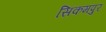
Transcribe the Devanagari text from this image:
सिकमपुर